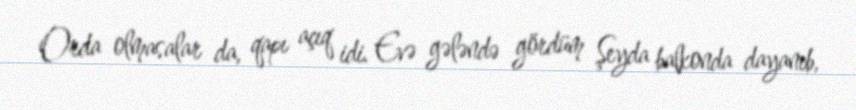
Orda olmasalar da, qapı açıq idi. Evə gələndə gördüm Şeyda balkonda dayanıb,